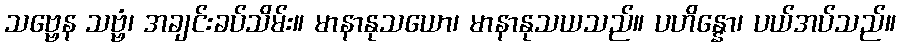
သဗ္ဗေန သဗ္ဗံ၊ အချင်းခပ်သိမ်း။ မာနာနုသယော၊ မာနာနုသယသည်။ ပဟိန္နော၊ ပယ်အပ်သည်။